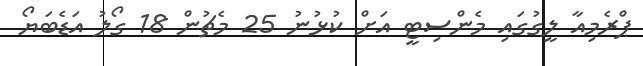
ޕްރެމިއާ ލީގުގައި މެންސިޓީ އަށް ކުޅުނު 25 މެޗުން 18 ގޯލު އަޑެބަޔޯ